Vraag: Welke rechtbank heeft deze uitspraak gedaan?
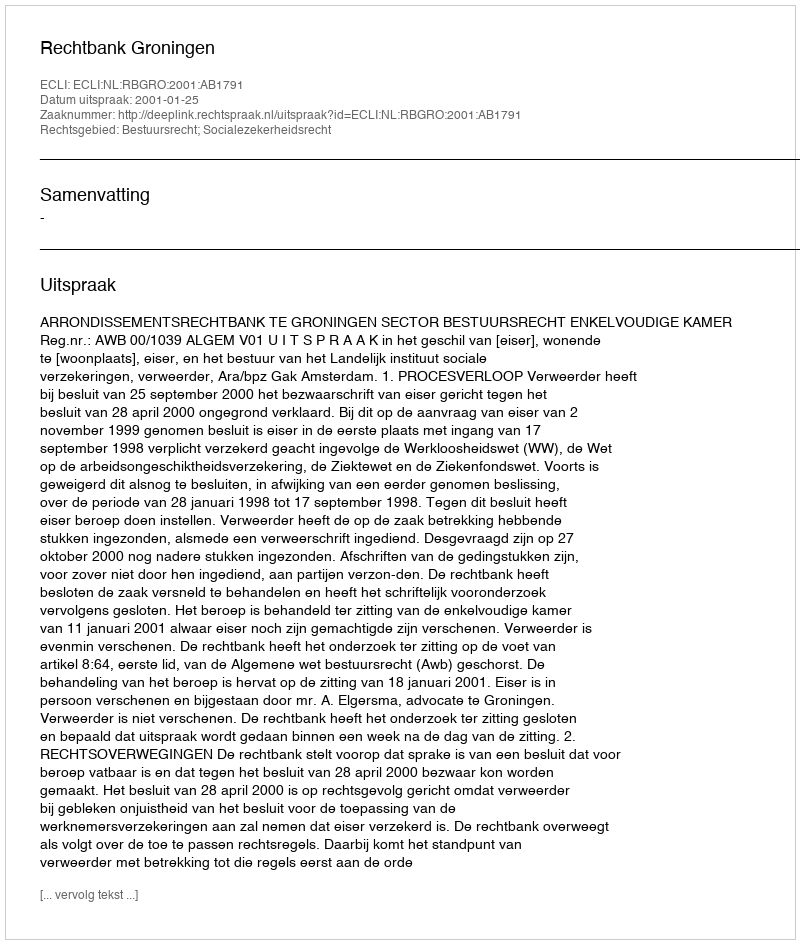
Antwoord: Rechtbank Groningen